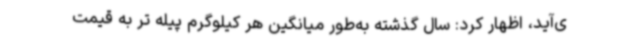
ی‌آید، اظهار کرد: سال گذشته به‌طور میانگین هر کیلوگرم پیله تر به قیمت